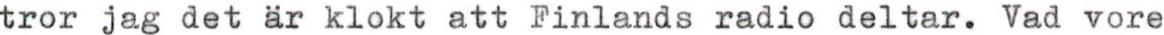
tror jag det är klokt att Finlands radio deltar. Vad vore